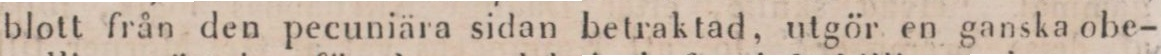
”fartyget till klipporna, på det han må åtkomma några skepps-